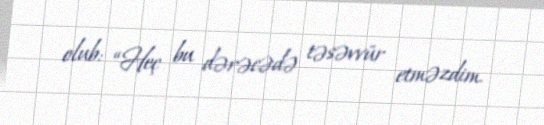
olub: “Heç bu dərəcədə təsəvvür etməzdim.